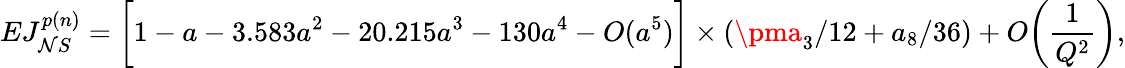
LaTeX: EJ_{\mathcal{N}S}^{p(n)}=\bigg[1-a-3.583a^{2}-20.215a^{3}-130a^{4}-O(a^{5})\bigg]\times\left(\pma_{3}/12+a_{8}/36\right)+O\bigg(\frac{{1}}{{Q^{2}}}\bigg),